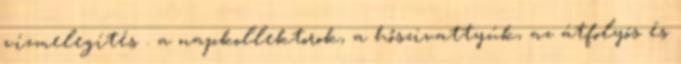
vízmelegítés . a napkollektorok, a hőszivattyúk, az átfolyós és